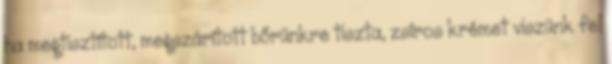
ha megtisztított, megszárított bőrünkre tiszta, zsíros krémet viszünk fel